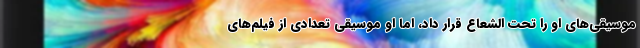
موسیقی‌های او را تحت الشعاع قرار داد، اما او موسیقی تعدادی از فیلم‌های